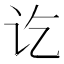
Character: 讫